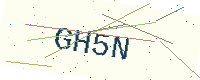
Text: GH5N